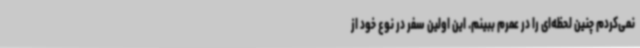
نمی‌کردم چنین لحظه‌ای را در عمرم ببینم. این اولین سفر در نوع خود از